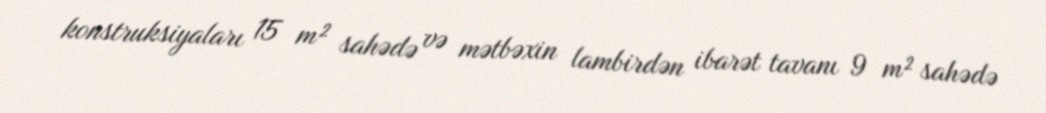
konstruksiyaları 15 m² sahədə və mətbəxin lambirdən ibarət tavanı 9 m² sahədə